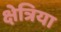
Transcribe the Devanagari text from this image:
क्षेत्रिया